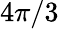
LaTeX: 4\pi/3